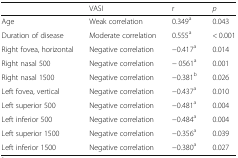
|  | VASI | r | p |
 | --- | --- | --- | --- |
 | Age | Weak correlation | 0.349a | 0.043 |
 | Duration of disease | Moderate correlation | 0.555a | < 0.001 |
 | Right fovea, horizontal | Negative correlation | −0.417a | 0.014 |
 | Right nasal 500 | Negative correlation | − 0561a | 0.001 |
 | Right nasal 1500 | Negative correlation | −0.381b | 0.026 |
 | Left fovea, vertical | Negative correlation | −0.437a | 0.010 |
 | Left superior 500 | Negative correlation | −0.481a | 0.004 |
 | Left inferior 500 | Negative correlation | −0.484a | 0.004 |
 | Left superior 1500 | Negative correlation | −0.356a | 0.039 |
 | Left inferior 1500 | Negative correlation | −0.380a | 0.027 |